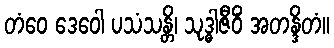
တံဝေ ဒေဝေါ ပသံသန္တိ၊ သုဒ္ဓါဇီဝိံ အတန္ဒိတံ။